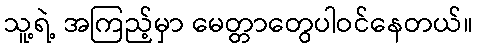
သူ့ရဲ့ အကြည့်မှာ မေတ္တာတွေပါဝင်နေတယ်။